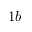
1 b